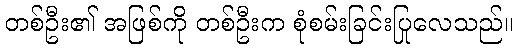
တစ်ဦး၏ အဖြစ်ကို တစ်ဦးက စုံစမ်းခြင်းပြုလေသည်။